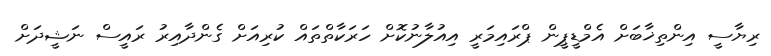
ރިޔާސީ އިންތިޚާބަށް އެމްޑީޕީން ޕްރައިމަރީ އިއުލާނުކޮށް ހަރަކާތްތައް ކުރިއަށް ގެންދާއިރު ރައީސް ނަޝީދަށް